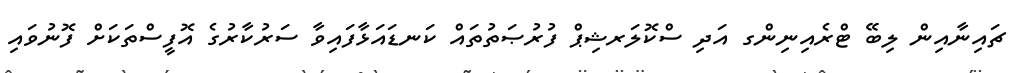
ޗައިނާއިން ލިބޭ ޓްރެއިނިންގ އަދި ސްކޮލަރޝިޕް ފުރުޞަތުތައް ކަނޑައަޅާފައިވާ ސަރުކާރުގެ އޮފީސްތަކަށް ފޮނުވައި